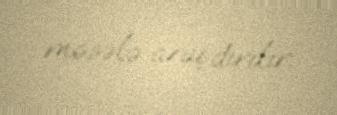
məsələ araşdırılır.